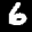
Label: 6